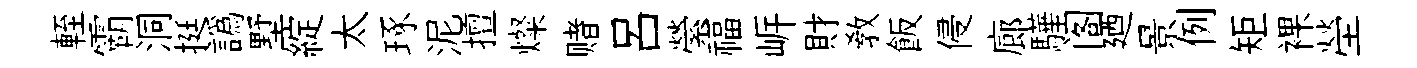
輊霸洞挺譌墅綻太琢泥擅燦赌吕縈福㟁財敎飯侵廊驊阁廼景例矩裸塋